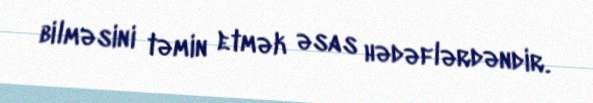
bilməsini təmin etmək əsas hədəflərdəndir.